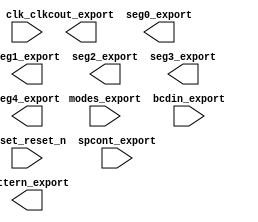

module nios_system (
	clk_clk,
	cout_export,
	modes_export,
	pattern_export,
	reset_reset_n,
	seg0_export,
	seg1_export,
	seg2_export,
	seg3_export,
	seg4_export,
	bcdin_export,
	spcont_export);	

	input		clk_clk;
	output	[7:0]	cout_export;
	input	[1:0]	modes_export;
	output	[17:0]	pattern_export;
	input		reset_reset_n;
	output	[7:0]	seg0_export;
	output	[7:0]	seg1_export;
	output	[7:0]	seg2_export;
	output	[7:0]	seg3_export;
	output	[7:0]	seg4_export;
	input	[3:0]	bcdin_export;
	input		spcont_export;
endmodule